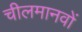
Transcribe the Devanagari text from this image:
चीलमानवों